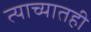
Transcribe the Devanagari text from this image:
त्याच्यातही